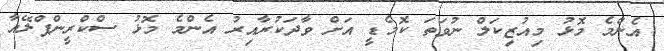
އެންމެ މޮޅު މިއުޒިކަލް ނުވަތަ ކޮމެޑީ އަށް ވާދަކުރާއިރު އެންމެ މޮޅު ސްކްރީންޕްލޭއާ